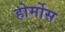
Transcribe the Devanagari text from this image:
होर्मोस